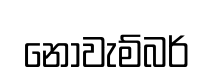
නොවැම්බර්